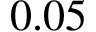
0 . 0 5